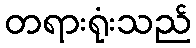
တရားရုံးသည်